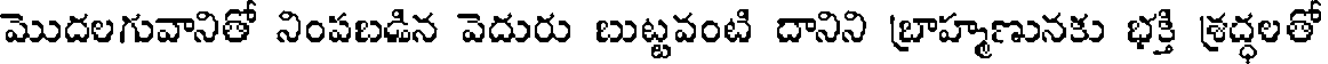
మొదలగువానితో నింపబడిన వెదురు బుట్టవంటి దానిని బ్రాహ్మణునకు భక్తి శ్రద్ధలతో